Vaccination returns of the Province of Eastern Bengal and Assam - 1905-1912
Year: 1905
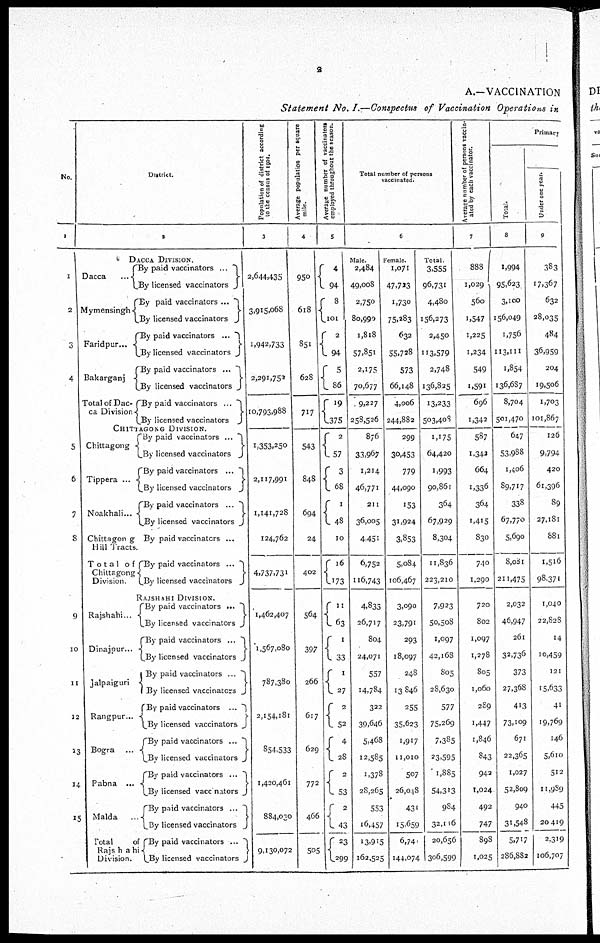
2
A.—VACCINATION
Statement No. I.—Conspectus of Vaccination Operations in
No.
1
1
2
3
4
5
6
7
8
9
10
11
12
13
14
15
District.
2
DACCA DIVISION.
Dacca
...
Mymensingh
Faridpur...
Bakarganj
Total of Dac-
ca Division
By paid vaccinators
...
By licensed vaccinators
By paid vaccinators
...
By licensed vaccinators
By paid vaccinators
...
By licensed vaccinators
By paid vaccinators
...
By licensed vaccinators
By paid vaccinators
...
By licensed vaccinators
CHITTAGONG DIVISION.
Chittagong
Tippera ...
Noakhali...
Chittagong
Hill Tracts.
Total of
Chittagong
Division.
By paid
vaccinators...
By licensed vaccinators
By paid vaccinators
...
By licensed vaccinators
By paid vaccinators
...
By licensed vaccinators
By paid vaccinators ...
By paid vaccinators
...
By licensed vaccinators
RAJSHAHI DIVISION.
Rajshahi...
Dinajpur...
Jalpaiguri
Rangpur...
Bogra
...
Pabna ...
Malda
...
Total
of
Rajshahi
Division.
By paid vaccinators ...
By licensed vaccinators
By paid vaccinators
...
By licensed vaccinators
By paid vaccinators
...
By licensed vaccinators
By paid vaccinators
...
By licensed vaccinators
By paid vaccinators
...
By licensed vaccinators
By paid vaccinators
...
By licensed vaccinators
By paid vaccinators
...
By licensed vaccinators
By paid vaccinators
...
By licensed vaccinators
Population of district according
to the census of 1901.
3
2,644,435
3,915,068
1,942,733
2,291,752
10,793,988
1,353,250
2,117,991
1,141,728
124,762
4,737,731
1,462,407
1,567,080
787,380
2,154,181
854,533
1,420,461
884,030
9,130,072
Average population per square
mile.
4
950
618
851
628
717
543
848
694
24
402
564
397
266
617
629
772
466
505
Average number of vaccinators
employed throughout the season.
5
4
94
8
101
2
94
5
86
19
375
2
57
3
68
1
48
10
16
173
11
63
1
33
1
27
2
52
4
28
2
53
2
43
23
299
Total number of persons
vaccinated.
6
Male.
2,484
49,008
2,750
80,990
1,818
57,851
2,175
70,677
9,227
258,526
876
33,967
1,214
46,771
211
36,005
4,451
6,752
116,743
4,833
26,717
804
24,071
557
14,784
322
39,646
5,468
12,585
1,378
28,265
553
16,457
13,915
162,525
Female.
1,071
47,723
1,730
75,283
632
55,728
573
66,148
4,006
244,882
299
30,453
779
44,090
153
31,924
3,853
5,084
106,467
3,090
23,791
293
18,097
248
13,846
255
35,623
1,917
11,010
507
26,048
430
15,659
6,740
144,074
Total.
3,555
96,731
4,480
156,273
2,450
113,579
2,748
136,825
13,233
503,408
1,175
64,420
1,993
90,861
364
67,929
8,304
11,836
223,210
7,923
50,508
1,097
42,168
805
28,630
577
75,269
7,385
23,595
1,885
54,313
984
32,116
20,656
306,599
Average number of persons vaccin-
ated by each vaccinator.
7
888
1,029
560
1,547
1,225
1,234
549
1,591
696
1,342
587
1,342
664
1,336
364
1,415
830
740
1,290
720
802
1,097
1,278
805
1,060
289
1,447
1,846
843
942
1,024
492
747
898
1,025
Primary
Total.
8
1,994
95,623
3,100
156,049
1,756
113,111
1,854
136,687
8,704
501,470
647
53,988
1,406
89,717
338
67,770
5,690
8,081
211,475
2,032
46,947
261
32,736
373
27,368
413
73,109
671
22,365
1,027
52,809
940
31,548
5,717
286,882
Under one year.
9
383
17,367
632
28,035
484
36,959
204
19,506
1,703
101,867
126
9,794
420
61,396
89
27,181
881
1,516
98,371
1,040
22,828
14
10,459
121
15,633
41
19,769
146
5,610
512
11,989
445
20,419
2,319
106,707